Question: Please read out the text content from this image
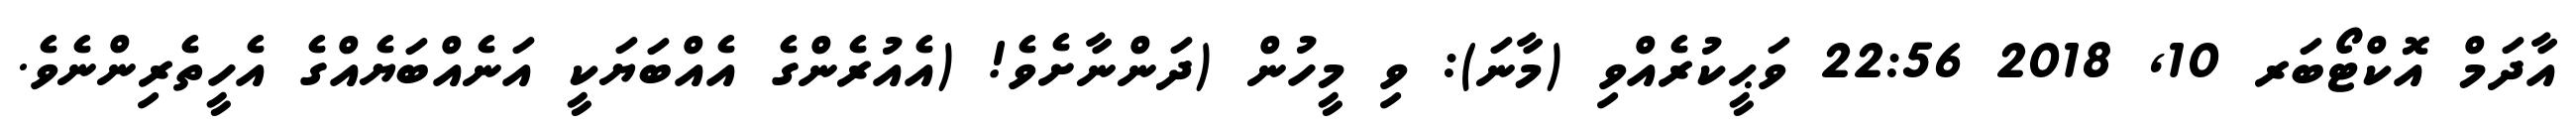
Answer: އާދަމް އޮކްޓޯބަރ 10, 2018 22:56 ވަޙީކުރެއްވި (މާނަ): ވި މީހުން (ދަންނާށެވެ! (އެއުރެންގެ އެއްބަޔަކީ އަނެއްބަޔެއްގެ އެހީތެރިންނެވެ.